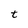
Character: t